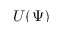
U ( \Psi )